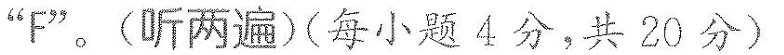
“F”.(听两遍)(每小题4分,共 2 0 分)